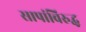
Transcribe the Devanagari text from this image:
सापांविरुद्ध